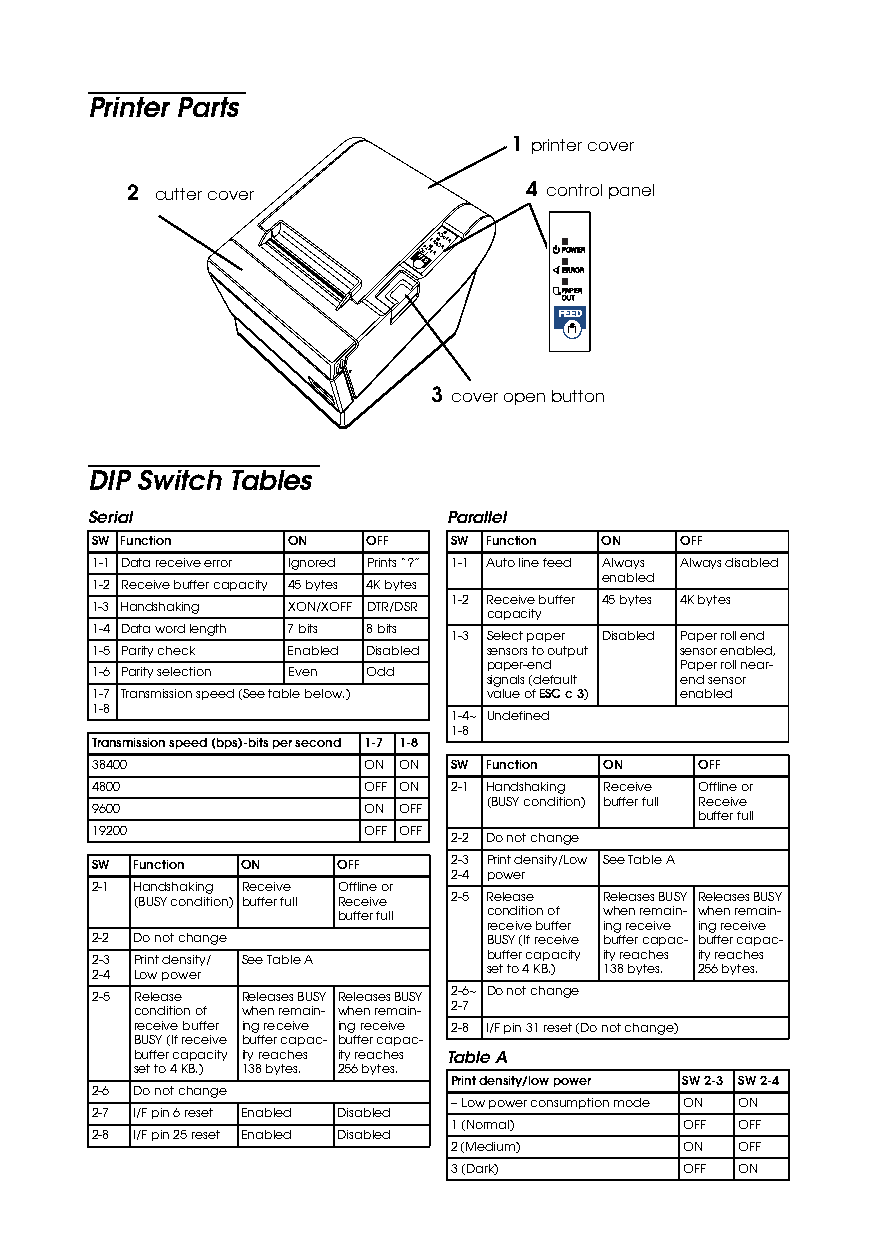
Printer Parts
 1 printer cover
 2 cutter cover            4 control panel
 POWER
 FO EEUP
 DTAPEE RRRP OO RWER
 ERROR
 PAPER
 OUT
 FEED
 3 cover open button
 DIP Switch Tables
 Serial                  Parallel
 SW Function  ON    OFF  SW Function ON OFF
 1-1 Data receive error Ignored Prints “?” 1-1 Auto line feed Always Always disabled
 enabled
 1-2 Receive buffer capacity 45 bytes 4K bytes
 1-2 Receive buffer 45 bytes 4K bytes
 1-3 Handshaking XON/XOFF DTR/DSR
 capacity
 1-4 Data word length 7 bits 8 bits
 1-3 Select paper Disabled Paper roll end
 1-5 Parity check Enabled Disabled sensors to output sensor enabled,
 paper-end    Paper roll near-
 1-6 Parity selection Even Odd
 signals (default end sensor
 1-7 Transmission speed (See table below.) value of ESC c 3) enabled
 1-8
 1-4~ Undefined
 1-8
 Transmission speed (bps)-bits per second 1-7 1-8
 38400             ON ON SW Function ON  OFF
 4800              OFF ON 2-1 Handshaking Receive Offline or
 (BUSY condition) buffer full Receive
 9600              ON OFF
 buffer full
 19200             OFF OFF
 2-2 Do not change
 SW Function ON   OFF    2-3 Print density/Low See Table A
 2-4 power
 2-1 Handshaking Receive Offline or
 (BUSY condition) buffer full Receive 2-5 Release Releases BUSY Releases BUSY
 buffer full condition of when remain- when remain-
 receive buffer ing receive ing receive
 2-2 Do not change         BUSY (If receive buffer capac- buffer capac-
 2-3 Print density/ See Table A buffer capacity ity reaches ity reaches
 2-4 Low power             set to 4 KB.) 138 bytes. 256 bytes.
 2-5 Release Releases BUSY Releases BUSY 2-6~ Do not change
 condition of when remain- when remain- 2-7
 receive buffer ing receive ing receive 2-8 I/F pin 31 reset (Do not change)
 BUSY (If receive buffer capac- buffer capac-
 buffer capacity ity reaches ity reaches Table A
 set to 4 KB.) 138 bytes. 256 bytes.
 Print density/low power SW 2-3 SW 2-4
 2-6 Do not change
 – Low power consumption mode ON ON
 2-7 I/F pin 6 reset Enabled Disabled
 1 (Normal)     OFF OFF
 2-8 I/F pin 25 reset Enabled Disabled
 2 (Medium)     ON  OFF
 3 (Dark)       OFF ON